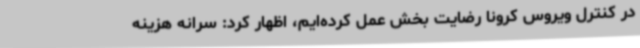
در کنترل ویروس کرونا رضایت بخش عمل کرده‌ایم، اظهار کرد: سرانه هزینه